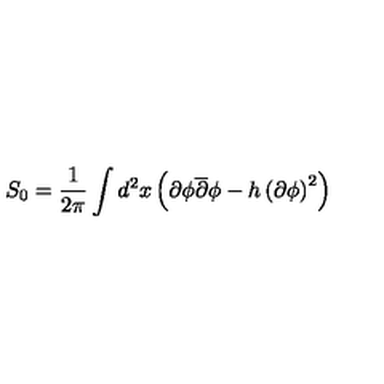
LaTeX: S _ { 0 } = \frac { 1 } { 2 \pi } \int d ^ { 2 } x \left( \partial \phi \overline { { \partial } } \phi - h \left( \partial \phi \right) ^ { 2 } \right)